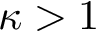
\kappa > 1